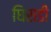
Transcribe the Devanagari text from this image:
घिसडी